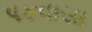
પકવાસા